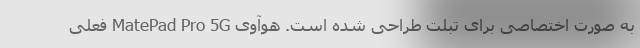
به صورت اختصاصی برای تبلت طراحی شده است. هوآوی MatePad Pro 5G فعلی